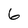
Character: 6